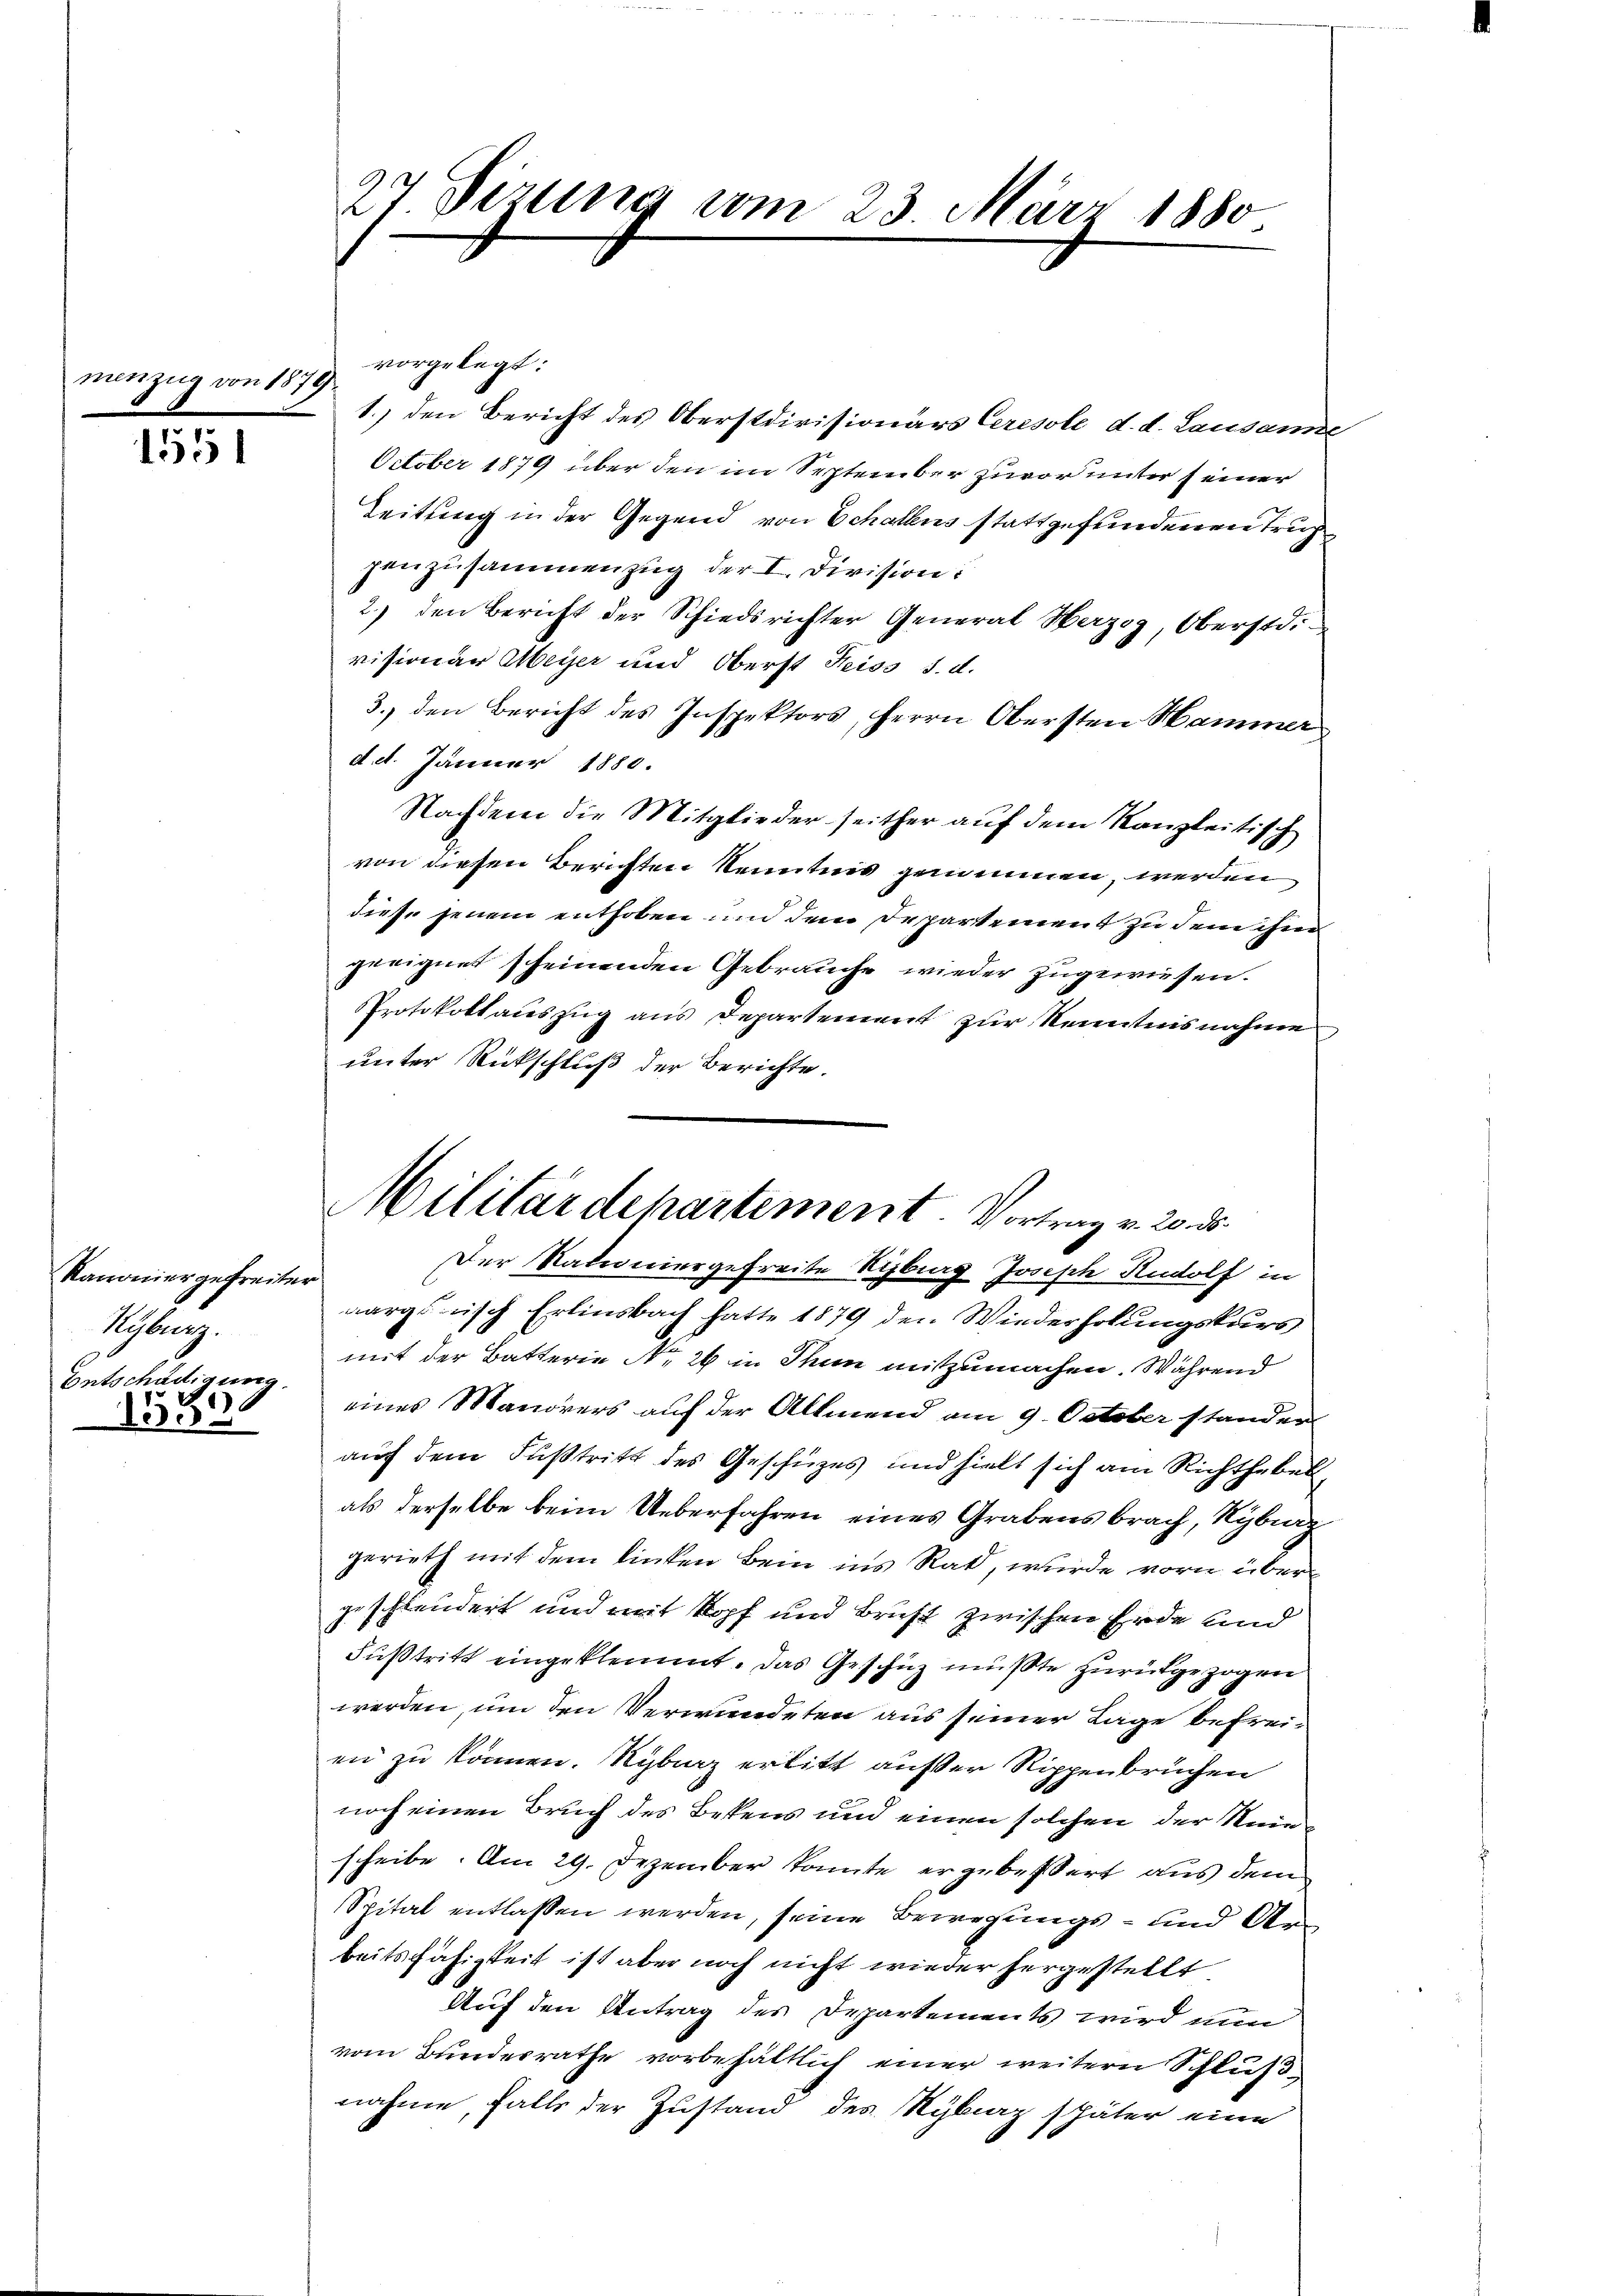
mesz

1551

Kanonier gefreite
Ryburg.
Entschädigung

1353

n 1879

e

27. Sizung vom 23. März 1880

vorgelegt:
1.) den Bericht des Oberstdivisionärs Ceresole d. d. Lausame
October 1879 über den im September zuvor unter (einer
Leitung in der Gegend von Schallens stattgefundenen Trup
penzusammenzug der I. Division:
2.) den Bericht der Schiedsrichter General Herzog, Oberstd.
visionar Meier und Oberst Heiss d. d.
3.) den Bericht des Inspektors, Herrn Obersten Hammer
d. d. Jänner 1880.
Nachdem die Mitglieder seither auf dem Kanzleitisch
von diesen Berichten Kenntnis genommen, werden
diese jenem enthoben und dem Departement zu dem ihm
geeignet scheinenden Gebrauche wieder zugewiesen.
Protokollauszug aus Departement zur Kenntnisnahme
unter Rückschluß der Berichte.
aargerisch Erlinsbach hatte 1879 den Wiederholungskurs
mit der Batterie No. 29 in Thun mitzumachen. Während
eines Manorers auf der Allmend am 9. October stander
auf dem Fußtritt des Geschüzes und hielt sich am Richthebel,
als derselbe beim Ueberfahren eines Grabensbrach, Kyburg
gerieth mit dem linken Bein ins Rat, wurde vorn über
geschleudert und mit Kopf und Brust zwischen Erde und
Fußtritt eingeklemmt. Das Geschüz müßte zurückgezogen
werden, um den Verwundeten aus seiner Lage befreien zu können. Sybiaz erlitt ausser Rippenbruchen
noch einen Bruch des Bekens und einen solchen der Nein
scheibe. Am 29. Dezember konnte ergebessert aus dem
Spital entlassen werden, seine Bewegungs- und Arbeitsfähigkeit ist aber noch nicht wieder hergestellt
Auf den Antrag des Departements wird nun
vom Bunderrathe vorbehältlich einer weitern Schluß
nahme, falls der Zustand des Rybiaz später eine

Militärdepartement. Vortrag v. 20. ds.
Der Nationiergefreite Stizburg Joseph Rudolf in